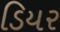
ડિયર